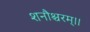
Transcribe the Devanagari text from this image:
शनौश्चरम्।।